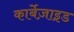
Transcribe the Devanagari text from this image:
कार्बेज़ाइड